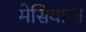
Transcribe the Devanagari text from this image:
मेसियाची